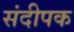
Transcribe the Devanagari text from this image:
संदीपक